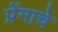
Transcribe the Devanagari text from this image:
प्रेंमाचे